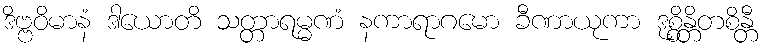
ဒိဗ္ဗဝိမာနံ ဒါယောတိ သတ္တာရမ္မဏံ နကာရာဂမော ခီဏာယုကာ ဒုစ္စိန္တိတစိန္တီ